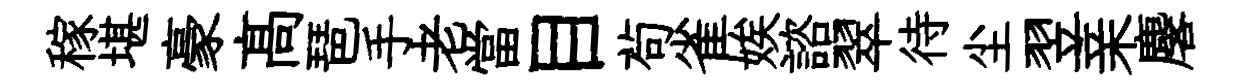
稼堪豪髙琶手老當目茍雀娭諮翠待尘翌亲麐